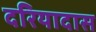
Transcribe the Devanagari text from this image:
दरियादास